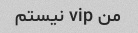
من vip نیستم